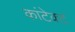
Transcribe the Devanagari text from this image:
कांटेक्‍ट